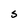
Character: S